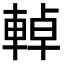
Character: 𨌬